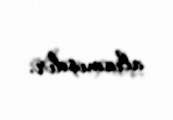
alınmışdır.